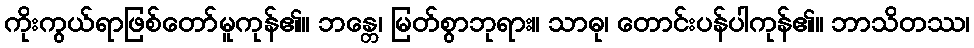
ကိုးကွယ်ရာဖြစ်တော်မူကုန်၏။ ဘန္တေ၊ မြတ်စွာဘုရား။ သာဓု၊ တောင်းပန်ပါကုန်၏။ ဘာသိတဿ၊